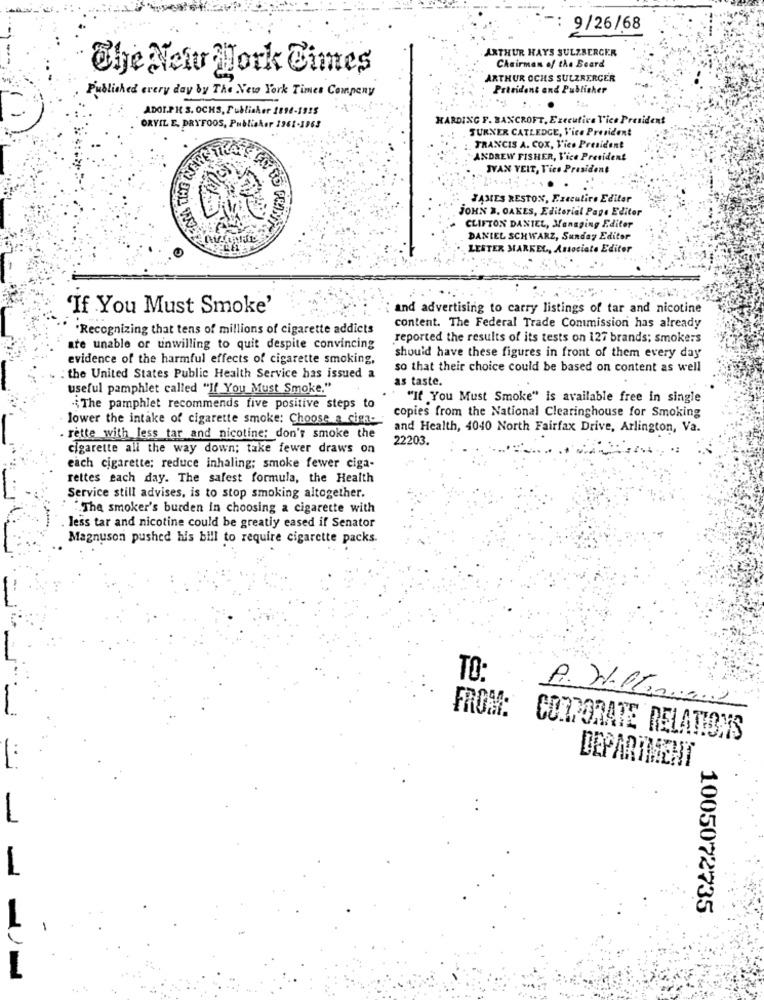
9/26/68
ARTHUR HAYS SULZBERGER
Chairman of the Board
The New york Times
ARTHUR OCHS SULZRERGER
Prividont and Publisher
Published every day by The New York Times Company
ADOLPH S. OCKS, Publisher 1896-1955
HARDING F. BANCROFT, Executive Vice President
ORVIL E. DRYFOOS, Publisher 1961-1963
TURNER CATLEDGE, Vice President
FRANCIS A. COX, Vice President
ANDREW FISHER, Vice President
IVAN VEIT, Vice President
JAMES RESTON, Executive Editor
JOHN B, OAKES, Editorial Page Editor
CLIFTON DANIEL, Managing Editor
DANIEL SCHWARZ, Sunday Editor
LESTER MARKE
Associate Editor
'If You Must Smoke'
and advertising to carry listings of tar and nicotine
'Recognizing that tens of millions of cigarette addicts
content. The Federal Trade Commission has already
reported the results of its tests on 127 brands; smokers
are unable or unwilling to quit despite convincing
evidence of the harmful effects of cigarette smoking,
should have these figures in front of them every day
so that their choice could be based on content as well
:the United States Public Health Service has issued a
as taste.
useful pamphlet called "If You Must Smoke."
"If You Must Smoke" is available free in single
; The pamphlet recommends five positive steps to
lower the intake of cigarette smoke: Choose a cima-
copies from the National Clearinghouse for Smoking
and Health, 4040 North Fairfax Drive, Arlington, Va.
rette with less tar and nicotine: don't smoke the
22203.
cigarette all the way down; take fewer draws on
each cigarette; reduce inhaling; smoke fewer ciga-
rettes each day. The safest formula, the Health
Service still advises, is to stop smoking altogether.
The smoker's burden in choosing a cigarette with
less tar and nicotine could be greatly eased if Senator
Magnuson pushed his bill to require cigarette packs.
TO:
FROM:
CORPORATE RELATIONS
DEPARTMENT
1005072735